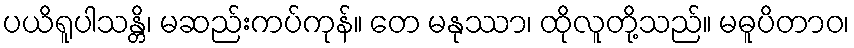
ပယိရူပါသန္တိ၊ မဆည်းကပ်ကုန်။ တေ မနုဿာ၊ ထိုလူတို့သည်။ မဓူပိတာဝ၊